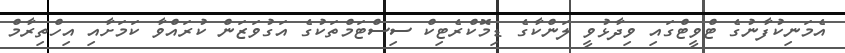
އެމަނިކުފާނުގެ ޓްވީޓްގައި ވިދާޅުވީ ލަންކާގެ ޑިމޮކްރެޓިކް ސިސްޓަމްތަކުގެ އަގުވަޒަން ކުރައްވާ ކަމަށާއި އިހްތިރާމް